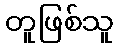
တူဖြစ်သူ